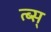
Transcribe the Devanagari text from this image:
त्ब्स्